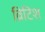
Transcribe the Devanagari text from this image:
व्रिटिश